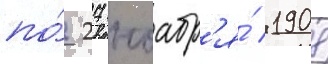
по́ 27 ноабр'я́ 1908